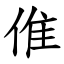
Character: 倠